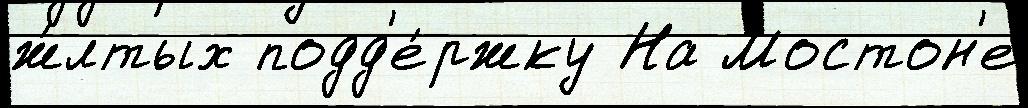
ж́лтых подд'е́ржку На Мостон'е